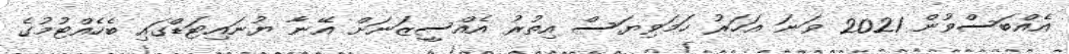
އެއްބަސްވުން 2021 ވަނަ އަހަރު ހަމަވިޔަސް އިތުރު އެއްސީޒަނަށް އޭނާ ޔުނައިޓަޑްގައި ބެހެއްޓުމުގެ